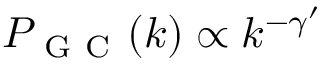
P _ { \mathrm { ~ G ~ C ~ } } ( k ) \propto k ^ { - \gamma ^ { \prime } }